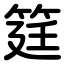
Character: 筳